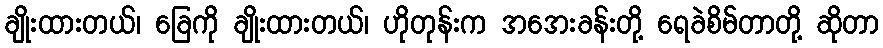
ချိုးထားတယ်၊ ခြေကို ချိုးထားတယ်၊ ဟိုတုန်းက အအေးခန်းတို့ ရေခဲစိမ်တာတို့ ဆိုတာ